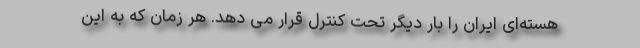
هسته‌ای ایران را بار دیگر تحت کنترل قرار می دهد. هر زمان که به این